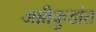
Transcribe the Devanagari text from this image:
अग्नीकुडांत